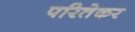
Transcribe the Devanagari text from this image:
परितेकर